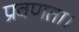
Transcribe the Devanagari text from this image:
प्रवणता।